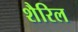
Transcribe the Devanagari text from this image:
शैरिल